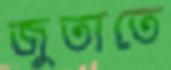
জুতাতে